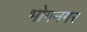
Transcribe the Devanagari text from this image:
भोगनगर